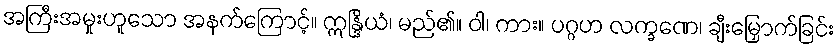
အကြီးအမှုးဟူသော အနက်ကြောင့်။ ဣန္ဒြိယံ၊ မည်၏။ ဝါ၊ ကား။ ပဂ္ဂဟ လက္ခဏေ၊ ချီးမြှောက်ခြင်း